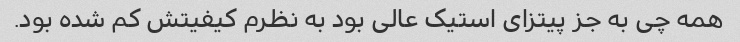
همه چی به جز پیتزای استیک عالی بود به نظرم کیفیتش کم شده بود.